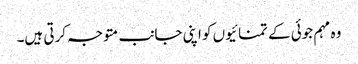
وہ مہم جوئی کے تمنائیوں کو اپنی جانب متوجہ کرتی ہیں۔